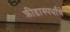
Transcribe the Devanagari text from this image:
क्रीडास्पर्धांचे